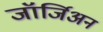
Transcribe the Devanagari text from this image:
जॉर्जिअन